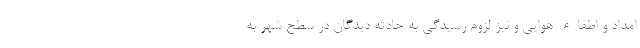
امداد و اطفاء هوایی و نیز لزوم رسیدگی به حادثه دیدگان در سطح شهر به